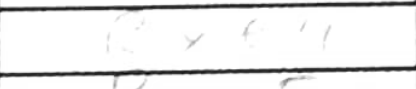
Transcription: Rxe4